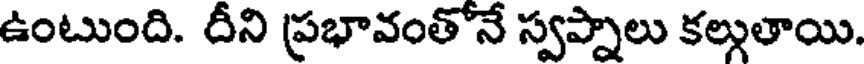
ఉంటుంది. దీని ప్రభావంతోనే స్వప్నాలు కల్గుతాయి.